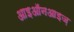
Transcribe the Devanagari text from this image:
आइऑनआइज़